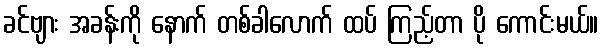
ခင်ဗျား အခန်းကို နောက် တစ်ခါလောက် ထပ် ကြည့်တာ ပို ကောင်းမယ်။